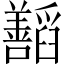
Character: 𬚁